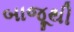
બાજૂથી